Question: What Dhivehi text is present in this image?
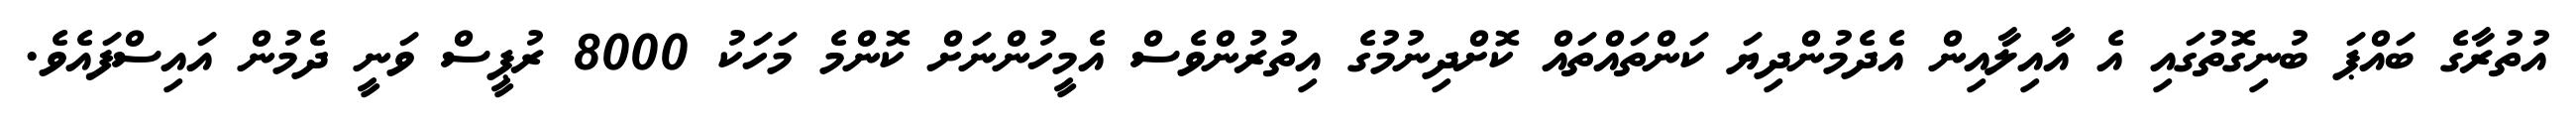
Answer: އުތުރާގެ ބައްޕަ ބުނިގޮތުގައި އެ އާއިލާއިން އެދެމުންދިޔަ ކަންތައްތައް ކޮށްދިނުމުގެ އިތުރުންވެސް އެމީހުންނަށް ކޮންމެ މަހަކު 8000 ރުޕީސް ވަނީ ދެމުން އައިސްފައެވެ.